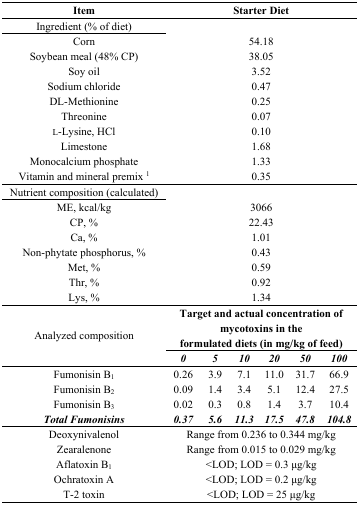
<table><thead><tr><td><b>Item</b></td><td colspan="6"><b>Starter Diet</b></td></tr></thead><tbody><tr><td>Ingredient (% of diet)</td><td colspan="6"></td></tr><tr><td>Corn</td><td colspan="6">54.18</td></tr><tr><td>Soybean meal (48% CP)</td><td colspan="6">38.05</td></tr><tr><td>Soy oil</td><td colspan="6">3.52</td></tr><tr><td>Sodium chloride</td><td colspan="6">0.47</td></tr><tr><td>DL-Methionine</td><td colspan="6">0.25</td></tr><tr><td>Threonine</td><td colspan="6">0.07</td></tr><tr><td>l-Lysine, HCl</td><td colspan="6">0.10</td></tr><tr><td>Limestone</td><td colspan="6">1.68</td></tr><tr><td>Monocalcium phosphate</td><td colspan="6">1.33</td></tr><tr><td>Vitamin and mineral premix <sup>1</sup></td><td colspan="6">0.35</td></tr><tr><td>Nutrient composition (calculated)</td><td colspan="6"></td></tr><tr><td>ME, kcal/kg</td><td colspan="6">3066</td></tr><tr><td>CP, %</td><td colspan="6">22.43</td></tr><tr><td>Ca, %</td><td colspan="6">1.01</td></tr><tr><td>Non-phytate phosphorus, %</td><td colspan="6">0.43</td></tr><tr><td>Met, %</td><td colspan="6">0.59</td></tr><tr><td>Thr, %</td><td colspan="6">0.92</td></tr><tr><td>Lys, %</td><td colspan="6">1.34</td></tr><tr><td rowspan="2">Analyzed composition</td><td colspan="6"><b>Target and actual concentration of mycotoxins in the formulated diets (in mg/kg of feed)</b></td></tr><tr><td><b><i>0</i></b></td><td><b><i>5</i></b></td><td><b><i>10</i></b></td><td><b><i>20</i></b></td><td><b><i>50</i></b></td><td><b><i>100</i></b></td></tr><tr><td>Fumonisin B<sub>1</sub></td><td>0.26</td><td>3.9</td><td>7.1</td><td>11.0</td><td>31.7</td><td>66.9</td></tr><tr><td>Fumonisin B<sub>2</sub></td><td>0.09</td><td>1.4</td><td>3.4</td><td>5.1</td><td>12.4</td><td>27.5</td></tr><tr><td>Fumonisin B<sub>3</sub></td><td>0.02</td><td>0.3</td><td>0.8</td><td>1.4</td><td>3.7</td><td>10.4</td></tr><tr><td><b><i>Total Fumonisins</i></b></td><td><b><i>0.37</i></b></td><td><b><i>5.6</i></b></td><td><b><i>11.3</i></b></td><td><b><i>17.5</i></b></td><td><b><i>47.8</i></b></td><td><b><i>104.8</i></b></td></tr><tr><td>Deoxynivalenol</td><td colspan="6">Range from 0.236 to 0.344 mg/kg</td></tr><tr><td>Zearalenone</td><td colspan="6">Range from 0.015 to 0.029 mg/kg</td></tr><tr><td>Aflatoxin B<sub>1</sub></td><td colspan="6">&lt;LOD; LOD = 0.3 μg/kg</td></tr><tr><td>Ochratoxin A</td><td colspan="6">&lt;LOD; LOD = 0.2 μg/kg</td></tr><tr><td>T-2 toxin</td><td colspan="6">&lt;LOD; LOD = 25 μg/kg</td></tr></tbody></table>